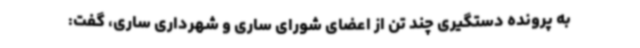
به پرونده دستگیری چند تن از اعضای شورای ساری و شهرداری ساری، گفت: